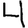
Digit: 4